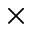
\times